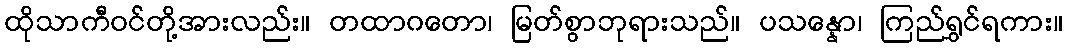
ထိုသာကီဝင်တို့အားလည်း။ တထာဂတော၊ မြတ်စွာဘုရားသည်။ ပသန္နော၊ ကြည်ရွှင်ရကား။